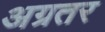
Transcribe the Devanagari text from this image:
अग्रतर